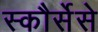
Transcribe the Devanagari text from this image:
स्कौर्सेसे